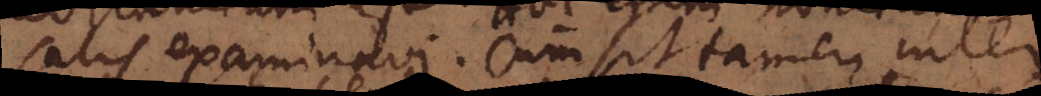
satis examinavi. Cum sit tamen inter